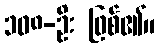
၁၀၈-ဦး ဖြစ်၏။